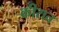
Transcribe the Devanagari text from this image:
कीरात